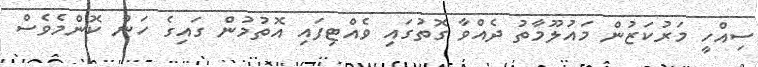
ސިއްހީ މަރުކަޒުން މައުލޫމާތު ދެއްވާ ގޮތުގައި ވެއްޓިފައި އޮތުމުން ގައިގެ ހަން ކޮންމެވެސް